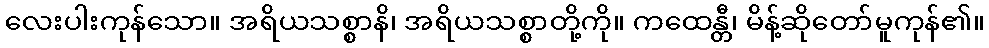
လေးပါးကုန်သော။ အရိယသစ္စာနိ၊ အရိယသစ္စာတို့ကို။ ကထေန္တီ၊ မိန့်ဆိုတော်မူကုန်၏။